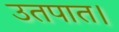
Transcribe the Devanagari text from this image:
उतपात।